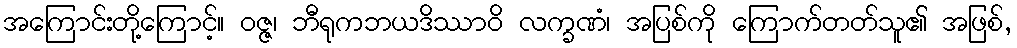
အကြောင်းတို့ကြောင့်။ ဝဇ္ဇ၊ ဘီရုကဘယဒိဿာဝိ လက္ခဏံ၊ အပြစ်ကို ကြောက်တတ်သူ၏ အဖြစ်,